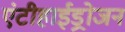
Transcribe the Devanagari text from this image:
एंटीहाईड्रोजन